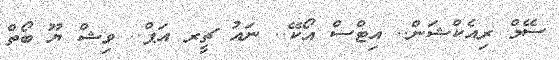
ސޭމް ރިއެކްޝަން.. އިޓްސް އޯކޭ.. ނައު ޗީރ އަޕް.. ވިޝް ޔޫ ބޯތް